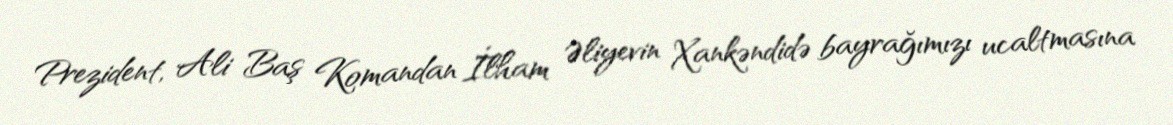
Prezident, Ali Baş Komandan İlham Əliyevin Xankəndidə bayrağımızı ucaltmasına